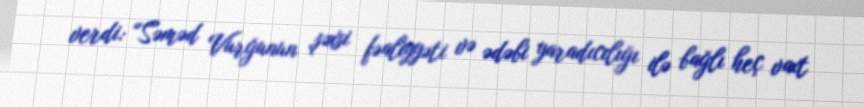
verdi: “Səməd Vurğunun şəxsi fəaliyyəti və ədəbi yaradıcılığı ilə bağlı heç vaxt